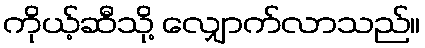
ကိုယ့်ဆီသို့ လျှောက်လာသည်။